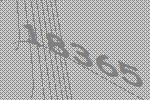
18365